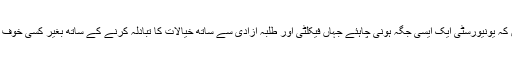
فیکلٹٰی ممبران کی حیثیت سے ہم سمجھتے ہیں کہ یونیورسٹی ایک ایسی جگہ ہونی چاہئے جہاں فیکلٹی اور طلبہ آزادی سے ساتھ خیالات کا تبادلہ کرنے کے ساتھ بغیر کسی خوف یا ڈر کے سماجی معاملات کا تجزیہ کرسکیں۔